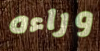
وراءه